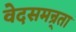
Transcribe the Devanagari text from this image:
वेदसमन्र्ता